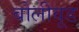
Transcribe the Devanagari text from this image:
बोलीवूड